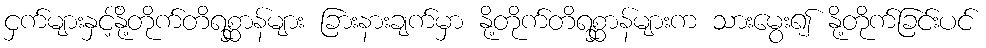
ငှက်များနှင့်နို့တိုက်တိရစ္ဆာန်များ ခြားနားချက်မှာ နို့တိုက်တိရစ္ဆာန်များက သားမွေး၍ နို့တိုက်ခြင်းပင်